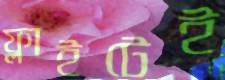
ফ্লাইটেই